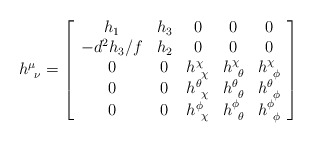
\begin{align*}h^\mu_{~\nu} = \left [\begin{array}{ccccc}h_1& h_3 & 0 & 0 & 0 \\-d^2 h_3 /f & h_2 & 0 & 0 & 0 \\0 & 0 & h^\chi_{~\chi} & h^\chi_{~\theta} & h^\chi_{~\phi} \\0 & 0 & h^\theta_{~\chi} & h^\theta_{~\theta} & h^\theta_{~\phi} \\0 & 0 & h^\phi_{~\chi} & h^\phi_{~\theta} & h^\phi_{~\phi} \end{array}\right ]\end{align*}